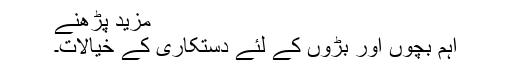
مزید پڑھنے
اہم بچوں اور بڑوں کے لئے دستکاری کے خیالات۔